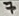
Text: 7